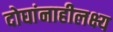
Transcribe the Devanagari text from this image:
दोघांनाहीलक्ष्य